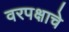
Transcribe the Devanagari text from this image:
वरपक्षाचे